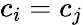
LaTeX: c_{i}=c_{j}